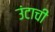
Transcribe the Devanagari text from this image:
उंटाची